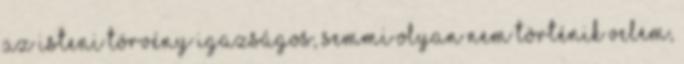
az Isteni törvény igazságos, semmi olyan nem történik velem,